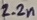
Text: 2.2n